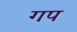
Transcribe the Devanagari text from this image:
गप